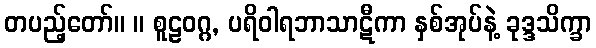
တပည့်တော်။ ။ စူဠဝဂ္ဂ, ပရိဝါရဘာသာဋီကာ နှစ်အုပ်နဲ့ ခုဒ္ဒသိက္ခာ